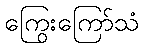
ကြွေးကြော်သံ